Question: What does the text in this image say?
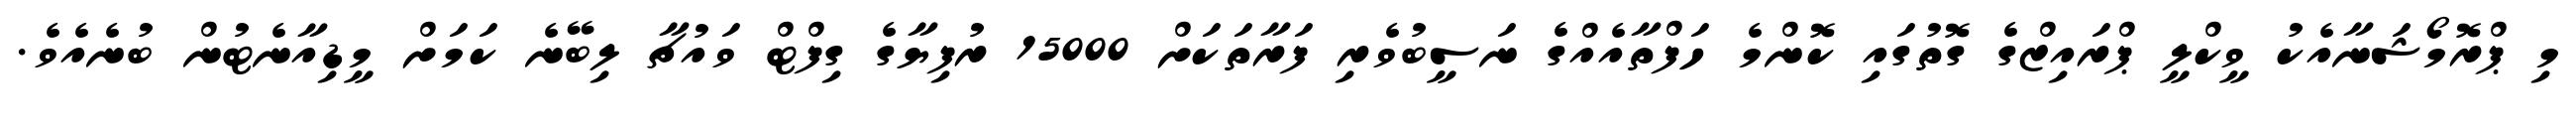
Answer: މި ޕްރޮމޯޝަނާއެކު ވީކްލީ ޕްރައިޒްގެ ގޮތުގައި ކޮންމެ ހަފްތާއެއްގެ ނަސީބުވެރި ފަރާތަކަށް 15000 ރުފިޔާގެ ގިފްޓް ވައުޗާ ލިބޭނެ ކަމަށް މީޑިއާނެޓުން ބުނެއެވެ.